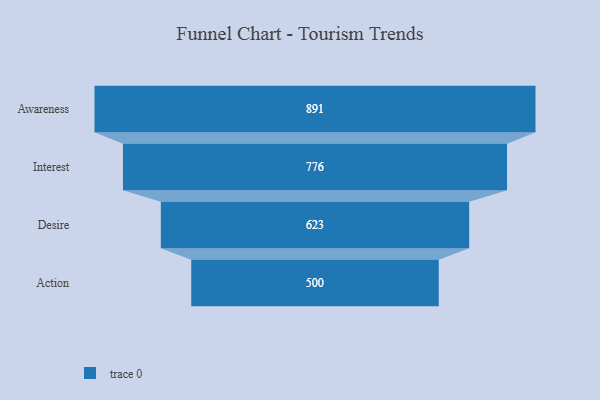
{"axis": {"x": "Stage", "y": "Value"}, "legend": [""], "data": [{"x": "Awareness", "y": 891.0, "type": ""}, {"x": "Interest", "y": 776.0, "type": ""}, {"x": "Desire", "y": 623.0, "type": ""}, {"x": "Action", "y": 500, "type": ""}]}